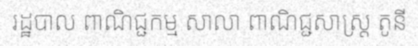
រដ្ឋបាល ពាណិជ្ជកម្ម សាលា ពាណិជ្ជសាស្ត្រ តូនី